Scottish Leaving Certificate Examination, 1960
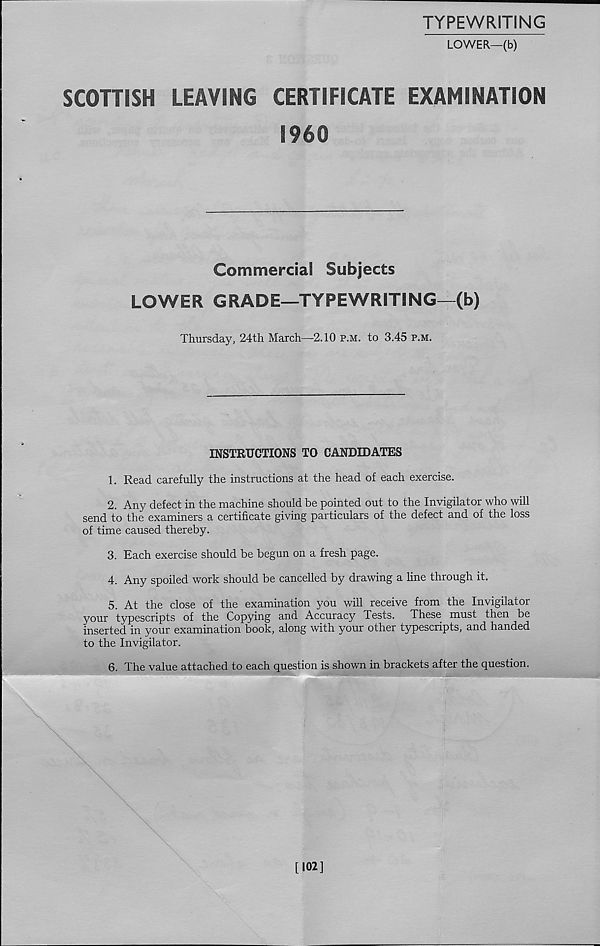
TYPEWRITING
LOWER—(b)
SCOHISH
LEAVING
CERTIFICATE EXAMINATION
I960
Commercial Subjects
LOWER GRADE—TYPEWRITING—(b)
Thursday, 24th March—2.10 p.m. to 3.45 p.m.
INSTRUCTIONS TO CANDIDATES
1. Read carefully the instructions at the head of each exercise.
2. Any defect in the machine should be pointed out to the Invigilator who will
send to the examiners a certificate giving particulars of the defect and of the loss
of time caused thereby.
3. Each exercise should be begun on a fresh page.
4. Any spoiled work should be cancelled by drawing a line through it.
5. At the close of the examination you will receive from the Invigilator
your typescripts of the Copying and Accuracy Tests.
These must then be
inserted in your examination book, along with your other typescripts, and handed
to the Invigilator.
6. The value attached to each question is shown in brackets after the question.
[102]